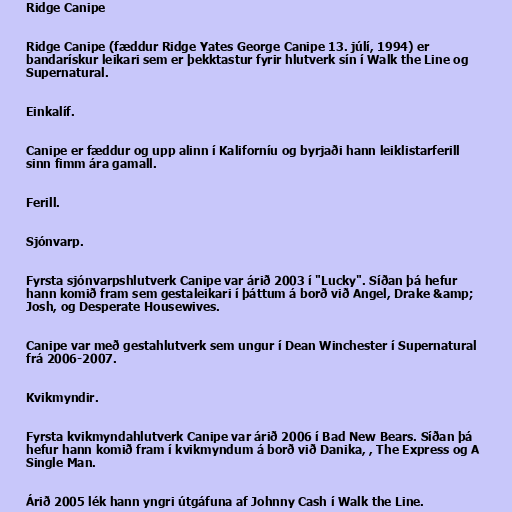
Ridge Canipe

Ridge Canipe (fæddur Ridge Yates George Canipe 13. júlí, 1994) er
bandarískur leikari sem er þekktastur fyrir hlutverk sín í Walk the Line og
Supernatural.

Einkalíf.

Canipe er fæddur og upp alinn í Kaliforníu og byrjaði hann leiklistarferill
sinn fimm ára gamall.

Ferill.

Sjónvarp.

Fyrsta sjónvarpshlutverk Canipe var árið 2003 í "Lucky". Síðan þá hefur
hann komið fram sem gestaleikari í þáttum á borð við Angel, Drake &amp;
Josh, og Desperate Housewives.

Canipe var með gestahlutverk sem ungur í Dean Winchester í Supernatural
frá 2006-2007.

Kvikmyndir.

Fyrsta kvikmyndahlutverk Canipe var árið 2006 í Bad New Bears. Síðan þá
hefur hann komið fram í kvikmyndum á borð við Danika, , The Express og A
Single Man.

Árið 2005 lék hann yngri útgáfuna af Johnny Cash í Walk the Line.